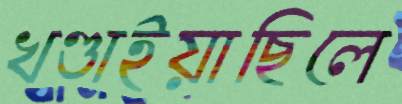
খণ্ডাইয়াছিলে